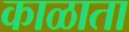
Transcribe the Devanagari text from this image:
काळाता